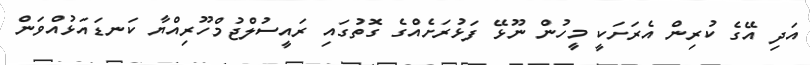
އަދި އޭގެ ކުރިން އެރަށަކީ މީހުން ނޫޅޭ ފަޅުރަށެއްގެ ގޮތުގައި ރައީސުލްޖުމްހޫރިއްޔާ ކަނޑައަޅުއްވަން